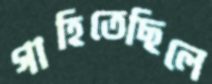
গাহিতেছিলে